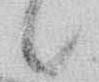
候